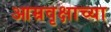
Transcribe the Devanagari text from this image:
आम्रवृक्षाच्या